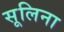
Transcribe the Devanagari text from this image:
सूलिना